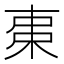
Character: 𣐺